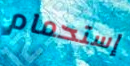
إستحمام